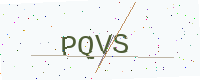
Text: PQVS